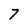
Character: 7